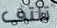
تلتف